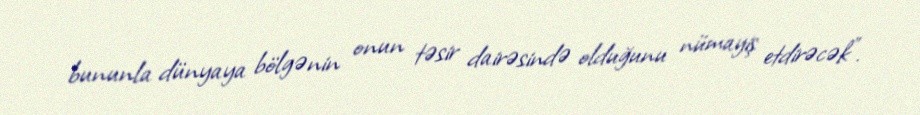
bununla dünyaya bölgənin onun təsir dairəsində olduğunu nümayiş etdirəcək”.